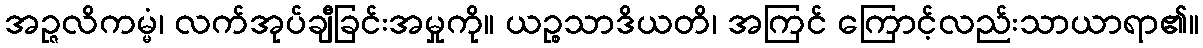
အဉ္ဇလိကမ္မံ၊ လက်အုပ်ချီခြင်းအမှုကို။ ယဉ္စသာဒိယတိ၊ အကြင် ကြောင့်လည်းသာယာရာ၏။